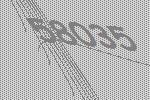
58035